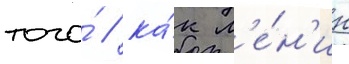
того́ / ка́к л'е́н'ин